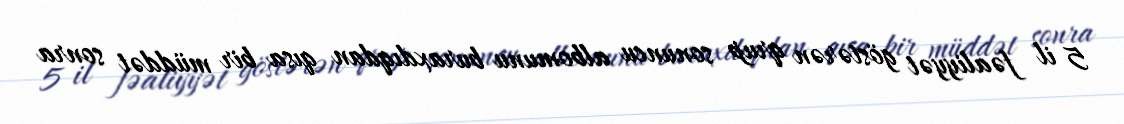
5 il fəaliyyət göstərən qrup sonuncu albomunu buraxdıqdan qısa bir müddət sonra